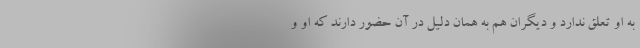
به او تعلق ندارد و دیگران هم به همان دلیل در آن حضور دارند که او و